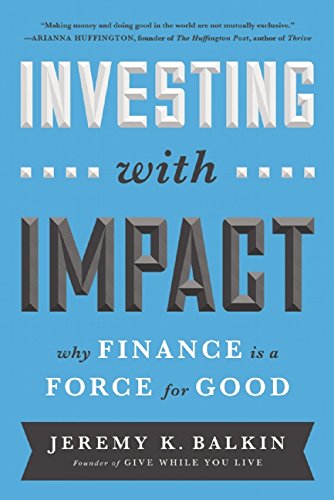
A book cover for Investing with Impact: Why Finance Is a Force for Good; Jeremy Balkin; Business & Money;